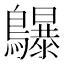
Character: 鸔